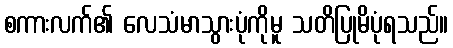
စကားလက်၏ လေသံမာသွားပုံကိုမူ သတိပြုမိပုံရသည်။